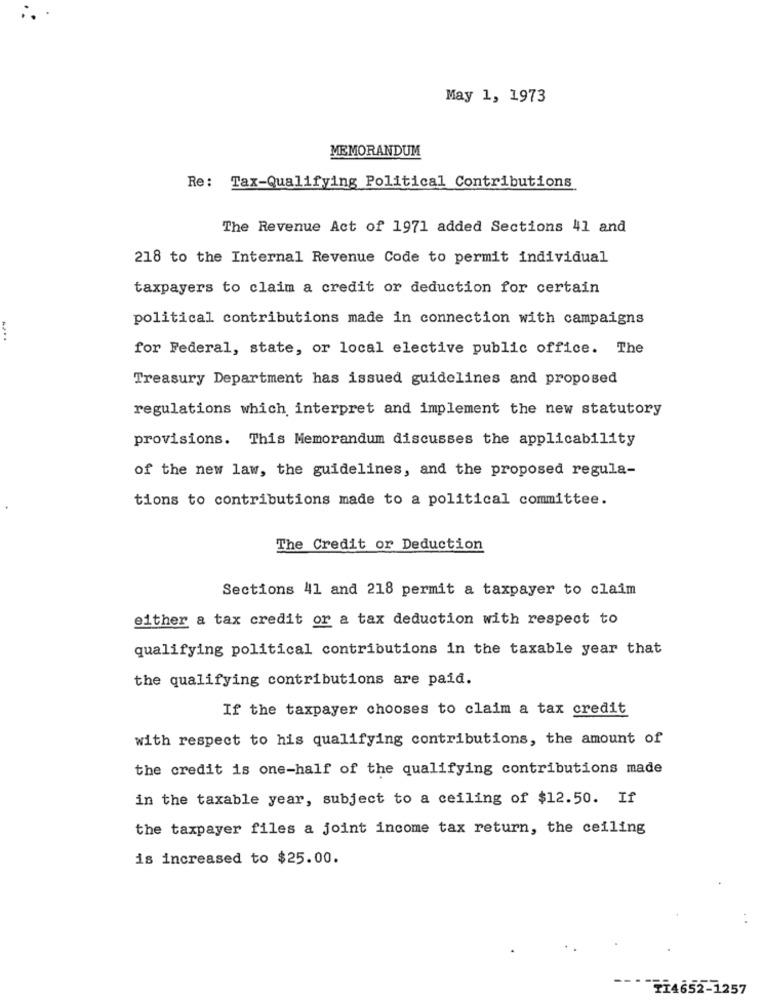
May 1, 1973
MEMORANDUM
Re: Tax-Qualifying Political Contributions
The Revenue Act of 1971 added Sections 41 and
218 to the Internal Revenue Code to permit individual
taxpayers to claim a credit or deduction for certain
political contributions made in connection with campaigns
for Federal, state, or local elective public office. The
Treasury Department has issued guidelines and proposed
regulations which interpret and implement the new statutory
provisions. This Memorandum discusses the applicability
of the new law, the guidelines, and the proposed regula-
tions to contributions made to a political committee.
The Credit or Deduction
Sections 41 and 218 permit a taxpayer to claim
either a tax credit or a tax deduction with respect to
qualifying political contributions in the taxable year that
the qualifying contributions are paid.
If the taxpayer chooses to claim a tax credit
with respect to his qualifying contributions, the amount of
the credit is one-half of the qualifying contributions made
in the taxable year, subject to a ceiling of $12.50. If
the taxpayer files a joint income tax return, the ceiling
is increased to $25.00.
TI4652-1257